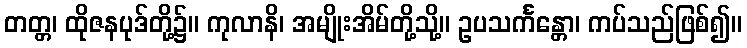
တတ္တ၊ ထိုဇနပုဒ်တို့၌။ ကုလာနိ၊ အမျိုးအိမ်တို့သို့။ ဥပသင်္ကန္တော၊ ကပ်သည်ဖြစ်၍။